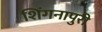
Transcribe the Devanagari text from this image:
शिंगनापुरी